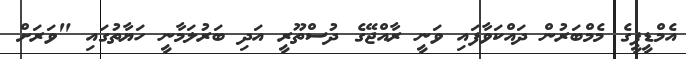
އެމްޑީޕީގެ މެމްބަރުން ދައްކަވާފައި ވަނީ ރާއްޖޭގެ ދުސްތޫރީ އަދި ބަރުލަމާނީ ހަޔާތުގައި "ވަރަށް